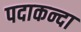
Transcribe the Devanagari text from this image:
पदाकन्दा